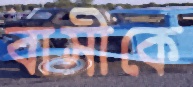
বাসীকে